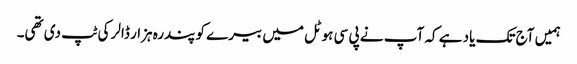
ہمیں آج تک یاد ہے کہ آپ نے پی سی ہوٹل میں بیرے کو پندرہ ہزار ڈالر کی ٹپ دی تھی۔